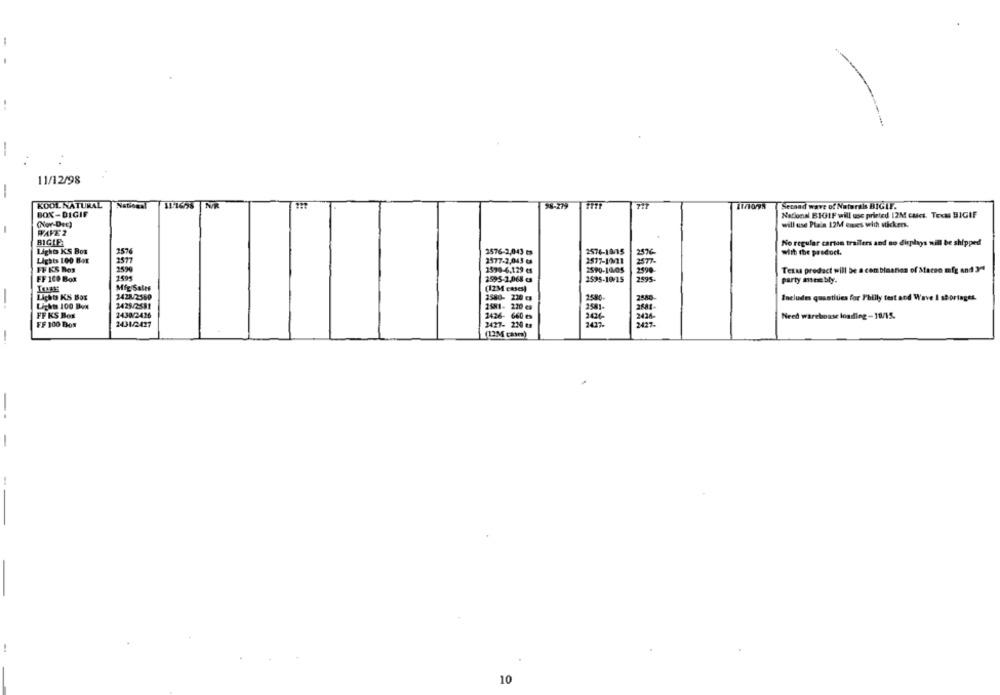
11/12/98
-
KOOL NATURAL
58-279
THE
Second wave of Naturais BIGIL.
BOX-DIGIF
National BIGIF will use printed 12M caict. Text BIGIF
will use Plain 12M emes with stickers.
1
(Nov-Dec)
WAVE 2
BIGIF
No regular carton trailers and so displays will be shipped
Lights KS Box
2576
2576-2,043 es
2576-18/15
376
With the prodoct.
Lights 100 Bo
1577
2577-2,043 es
FF KS Bos
2590
1599-6,129 es
Texas prodact will be a combination of Sacso mfg and 3ª
FF 100 Box
1595-2.068 e
2595-19/15
2595-
party miem bly.
Mig Sales
(1234 cases)
-
Lights KS Box
14282580
2500-
Includes quantities for Philly test and Wave I shortages.
Licht 100 Bon
2429/2-581
2430/2426
2981- 2
FF KS Box
2426- 660 es
Need warehouse loading-18/15.
FF 100 BOS
2431/2427
2427- 230 es
2427.
(12M cam)
-
-
10